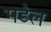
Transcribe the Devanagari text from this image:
मडेल